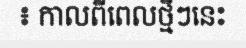
៖ កាលពីពេលថ្មីៗនេះ